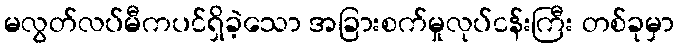
မလွတ်လပ်မီကပင်ရှိခဲ့သော အခြားစက်မှုလုပ်ငန်းကြီး တစ်ခုမှာ